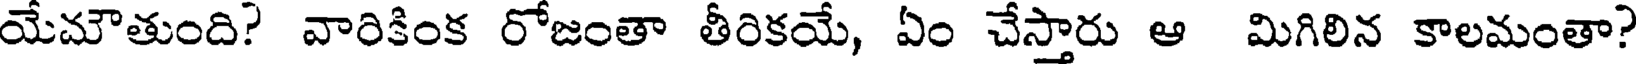
యేమౌతుంది? వారికింక రోజంతా తీరికయే, ఏం చేస్తారు ఆ మిగిలిన కాలమంతా?